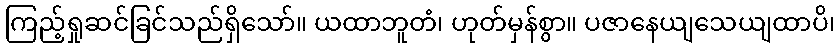
ကြည့်ရှုဆင်ခြင်သည်ရှိသော်။ ယထာဘူတံ၊ ဟုတ်မှန်စွာ။ ပဇာနေယျသေယျထာပိ၊